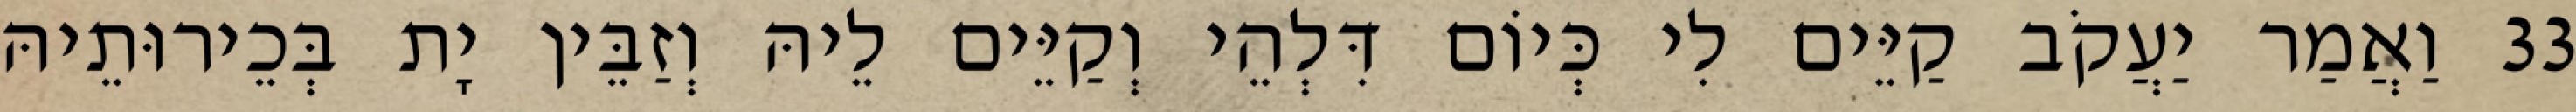
33 וַאֲמַר יַעֲקֹב קַיֵּים לִי כְּיוֹם דִּלְהֵי וְקַיֵּים לֵיהּ וְזַבֵּין יָת בְּכֵירוּתֵיהּ